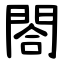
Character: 閤